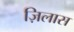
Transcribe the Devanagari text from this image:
ज़िलास